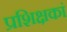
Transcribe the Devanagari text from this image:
प्रशिक्षकां